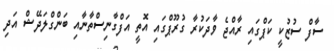
ސާފް ސުޒުކީ ކަޕްގައި ރާއްޖެ ވާދަކުރާ ގުރޫޕްގައި އޮތީ އަފްގާނިސްތާނާއި ބަންގްލަދޭޝް އަދި